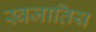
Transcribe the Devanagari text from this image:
स्वजातिय